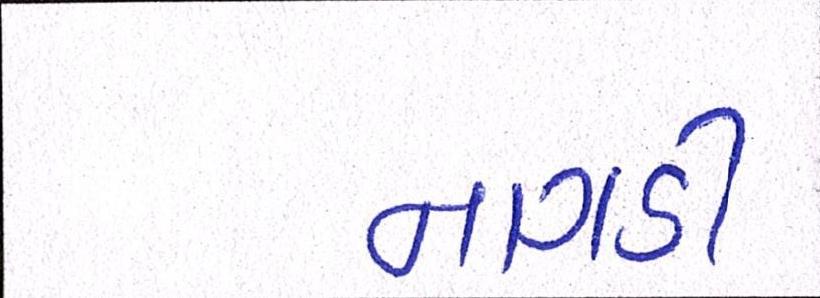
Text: નાગડી